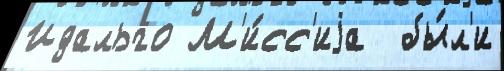
Идальго М'и́сс'иjа  бы́л'и